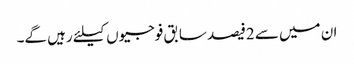
ان میں سے 2فیصد سابق فوجیوں کیلئے رہیں گے۔